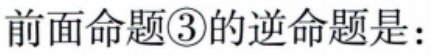
前面命题\textcircled{3}的逆命题是：